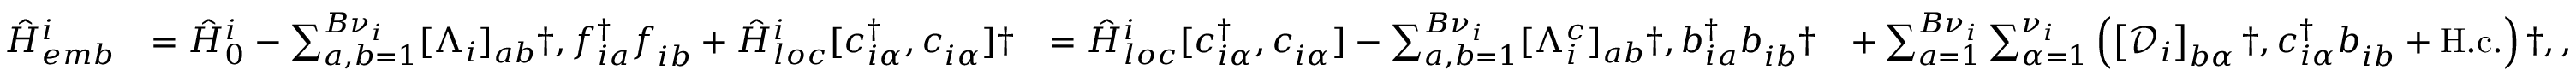
\begin{array} { r l r l } { \hat { H } _ { e m b } ^ { i } } & { = \hat { H } _ { 0 } ^ { i } - \sum _ { a , b = 1 } ^ { { B } \nu _ { i } } [ \Lambda _ { i } ] _ { a b } \dag , f _ { i a } ^ { \dagger } f _ { i b } ^ { \phantom { \dagger } } + \hat { H } _ { l o c } ^ { i } [ c _ { i \alpha } ^ { \dagger } , c _ { i \alpha } ^ { \phantom { \dagger } } ] \dag } & { = \hat { H } _ { l o c } ^ { i } [ c _ { i \alpha } ^ { \dagger } , c _ { i \alpha } ^ { \phantom { \dagger } } ] - \sum _ { a , b = 1 } ^ { B \nu _ { i } } [ \Lambda _ { i } ^ { c } ] _ { a b } \dag , b _ { i a } ^ { \dagger } b _ { i b } ^ { \phantom { \dagger } } \dag } & { + \sum _ { a = 1 } ^ { B { \nu } _ { i } } \sum _ { \alpha = 1 } ^ { \nu _ { i } } \left( \left[ \mathcal { D } _ { i } \right] _ { b \alpha } \dag , c _ { i \alpha } ^ { \dagger } b _ { i b } ^ { \phantom { \dagger } } + \mathrm { H . c . } \right) \dag , , } \end{array}